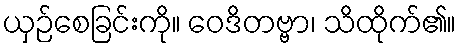
ယှဉ်စေခြင်းကို။ ဝေဒိတဗ္ဗာ၊ သိထိုက်၏။